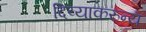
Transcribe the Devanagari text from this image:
दिव्याकरुन्य